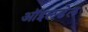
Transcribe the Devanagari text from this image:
ऑइलडेल